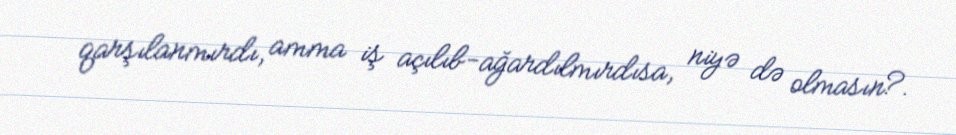
qarşılanmırdı, amma iş açılıb-ağardılmırdısa, niyə də olmasın?.